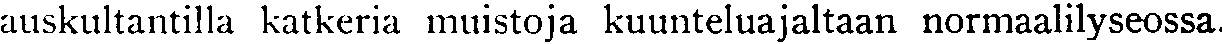
auskultantilla katkeria muistoja kuunteluajaltaan normaalilyseossa.